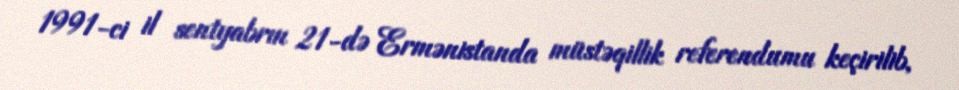
1991-ci il sentyabrın 21-də Ermənistanda müstəqillik referendumu keçirilib,